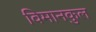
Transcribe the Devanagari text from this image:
विमानकुल